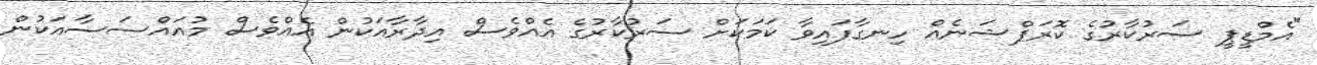
"އެމްޑީޕީ ސަރުކާރުގެ ކޮރަޕްޝަނެއް ހިނގާފައިވާ ކަމަކަށް ސަރުކާރުގެ އެއްވެސް އިދާރާއަކުން އެއްވެސް މުއައްސަސާއަކުން